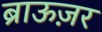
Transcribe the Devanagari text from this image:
ब्राऊज़र